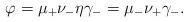
LaTeX: \begin{align*}\varphi = \mu_+ \nu_- \eta \gamma_- = \mu_- \nu_+ \gamma_-.\end{align*}